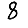
Digit: 8